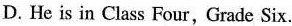
D. He is in Class Four， Grade Six.